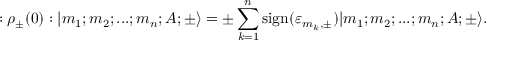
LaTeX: : { \rho } _ { \pm } ( 0 ) : | m _ { 1 } ; m _ { 2 } ; . . . ; m _ { n } ; A ; \pm \rangle = \pm \sum _ { k = 1 } ^ { n } \mathrm { s i g n } ( { \varepsilon } _ { m _ { k } , \pm } ) | m _ { 1 } ; m _ { 2 } ; . . . ; m _ { n } ; A ; \pm \rangle .